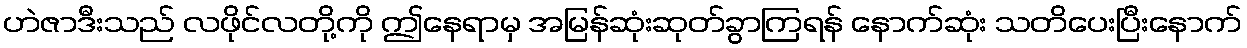
ဟဲဇာဒီးသည် လဖိုင်လတို့ကို ဤနေရာမှ အမြန်ဆုံးဆုတ်ခွာကြရန် နောက်ဆုံး သတိပေးပြီးနောက်